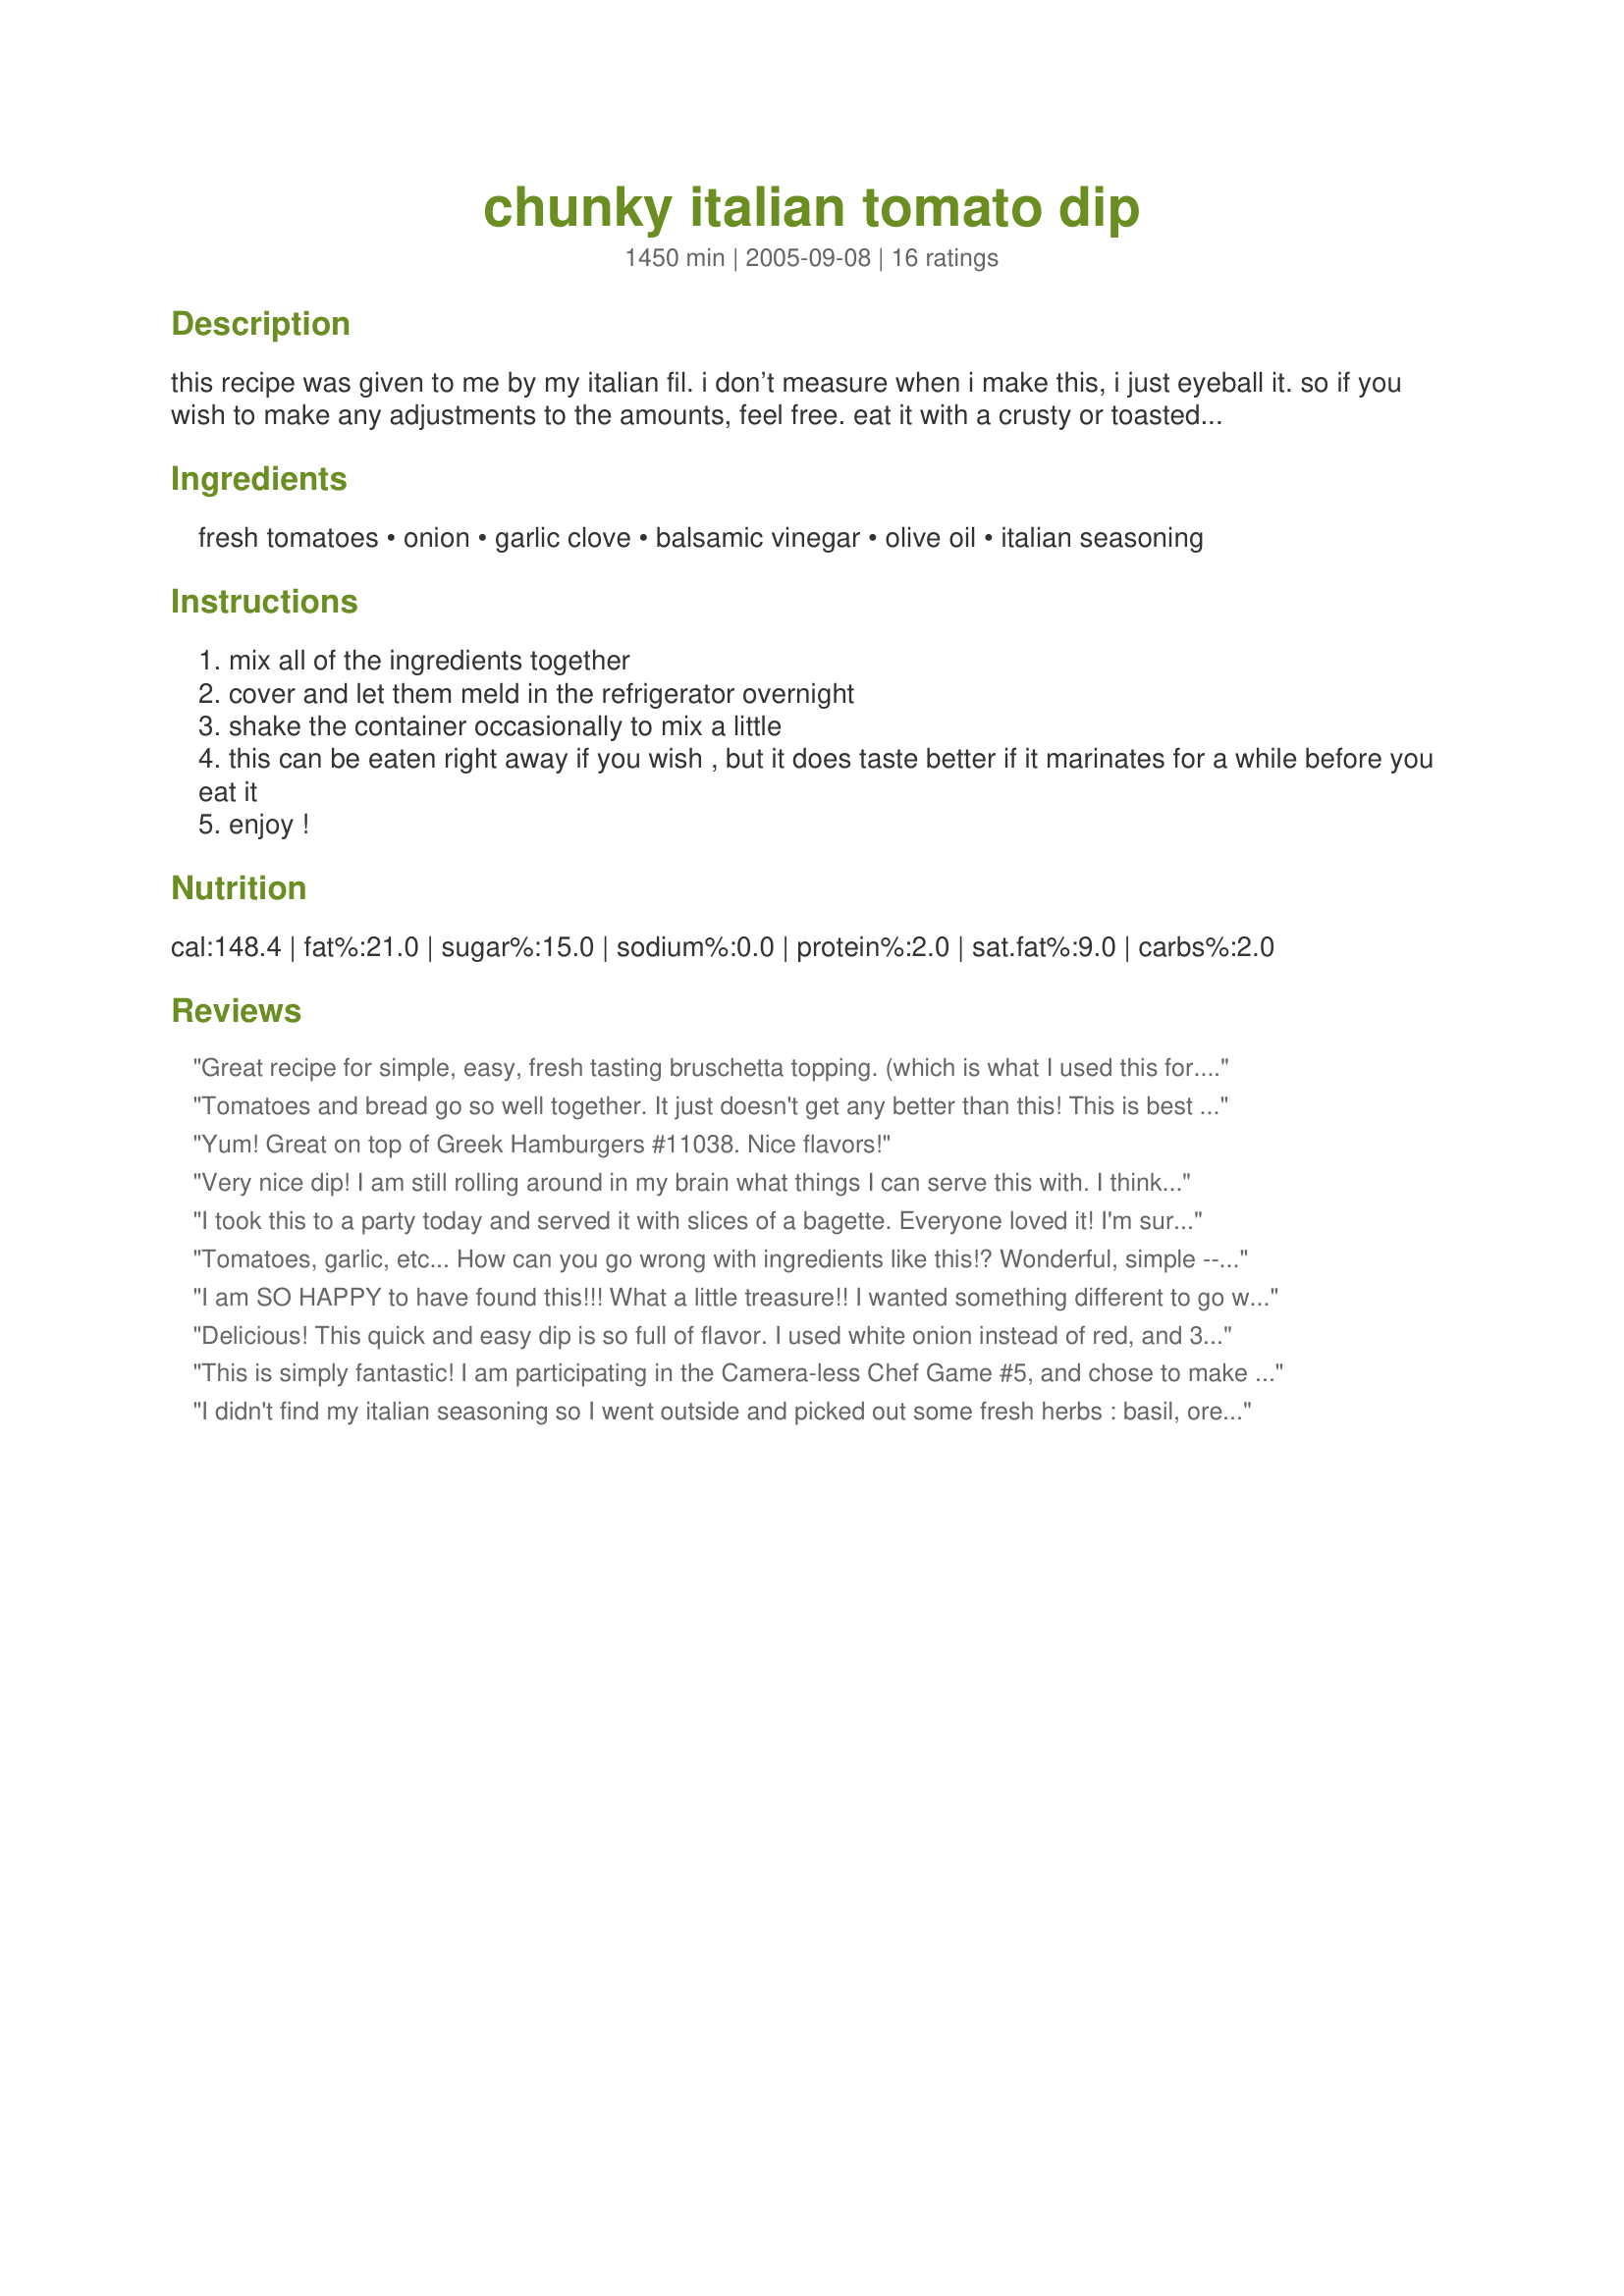
chunky italian tomato dip
Preparation time: 1450 minutes

this recipe was given to me by my italian fil. i don’t measure when i make this, i just eyeball it. so if you wish to make any adjustments to the amounts, feel free. eat it with a crusty or toasted italian bread. it is yummy! entered for the zaar world tour 2005.

Ingredients:
fresh tomatoes, onion, garlic clove, balsamic vinegar, olive oil, italian seasoning

Steps:
mix all of the ingredients together
cover and let them meld in the refrigerator overnight
shake the container occasionally to mix a little
this can be eaten right away if you wish , but it does taste better if it marinates for a while before you eat it
enjoy !

Reviews:
Great recipe for simple, easy, fresh tasting bruschetta topping. (which is what I used this for.) Delicious! Thanks for posting. Made for ZWT4.
Tomatoes and bread go so well together. It just doesn't get any better than this! This is best as a bruschetta as otherwise it doesn't "dip" very well (stay on the bread). I omitted the onions as my BF does not like raw ones, and used less oil to save calories. I minced a fresh garlic, roasted probably would have tasted even better:) Thanks!
Yum! Great on top of Greek Hamburgers #11038. Nice flavors!
Very nice dip! I am still rolling around in my brain what things I can serve this with. I think it would be fantastic on some fresh grilled fish....yes, I think that's what I'll do. (-: Made for ZWT4.
I took this to a party today and served it with slices of a bagette. Everyone loved it! I'm sure that this will be made again and again. Thank you for posting this recipe!!!
Tomatoes, garlic, etc... How can you go wrong with ingredients like this!? Wonderful, simple -- definately tastes better once the flavors have a chance to mingle (though it is difficult to wait!).
I am SO HAPPY to have found this!!! What a little treasure!! I wanted something different to go with my fried ravioli instead of the same old same old, and WOW was this just perfect!! I will be making this a LOT with so many different things!! Thanks so much!! :) Made for the ZWT4
Delicious! This quick and easy dip is so full of flavor. I used white onion instead of red, and 3 cloves of garlic instead of 1. I brushed sourdough baguette slices with melted butter and minced, fresh garlic. I put them under the broiler until lightly brown. After removing from the broiler, I topped with the tomato dip. Yumm...bruschetta at its finest. My family loved this and gave it 2-thumbs up. Thank you for sharing this fabulous dip...it is definitely a keeper!
*Made for ZWT4*
This is simply fantastic! I am participating in the Camera-less Chef Game #5, and chose to make and photograph recipe #208554 for chef #198357, but I needed a dip to go with them. After a quick search, I stumbled upon this recipe, and I am so glad that I did. I followed the suggestion of several other reviewers and allowed the mixture to chill in the fridge a few hours before serving. Definately a keeper!
I didn't find my italian seasoning so I went outside and picked out some fresh herbs : basil, oregano, thyme and itailan parsley. I used red onion and raw garlic. It was smelling great. And a few hours later, it was delicious. We served it with baguette slices. For me it's like bruschetta. Thanks Chef Patience. Made for the Babes of ZWT4
Wonderful topping for crostinis! I used an assortment of fresh herbs and a bit more garlic than suggested. Super summer fodder! Thanks, Patience!
Love this dip (or topping) and have made a similar one with feta added. Can also add black olives - Kalamata preferred. Thanks for submitting such a simple and versatile dip.
Chef Patience’s instructions were easy to follow and this recipe was very quick to make. I left it in the fridge overnight, and my work colleagues and I enjoyed it on toast for lunch. In summer, when you are eating a slice of meat loaf cold or at room temperature with a salad, this tomato dip would make an ideal accompaniment. I used only 1 tablespoon of the balsamic vinegar; otherwise the dip would have been too runny. I also squeezed out some of the tomato juice, and added it to the container of goodies I collect for my Vegetable Stock Recipe #135453. And I used 3 cloves of garlic (personal taste preference). By the way, use only top quality tomatoes in this recipe, not one of those tasteless supermarket varieties! A lovely recipe, Chef Patience. Thank you for posting it, and do tell your FIL that we enjoyed it!
We loved this delicious Italian dip. It was very easy to prepare. I used 4 small to medium vine-ripe tomatoes and then added two roma tomatoes because it looked like I had more liquid than tomatoes to soak it up. This did the trick perfectly. I let it meld in the fridge for about 3 hours prior to serving. We enjoyed this as a topping to fresh sliced baguette. I would definitely make this recipe again. Thanks for posting. Made for Zingo ZWT4.
This was lovely.I served this with a cold luncheon;I had fresh homemade bread and it went down real good. I added fresh basil and parsley.Thanks for posting. I made this for I Reccomend Tag Game.
Rita
I must be honest, I was a tiny bit unimpressed with this when I tasted it immediately after mixing it (maybe because I had just eaten something with soy sauce, which made this taste a little bland). Then I allowed it to chill for a while, came back and tried it with some whole wheat pita crisps, and wow, what a difference! I'm not sure what the heck that bowl of dip was doing while I wasn't looking, but it did wonders for the taste, whatever it was lol! After checking out all the other reviewers' suggestions, I think I'll need to make a few more batches of this. Thanks for posting, my fellow "crazy chef" :)!
Made for ZWT4
